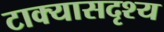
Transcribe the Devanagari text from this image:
टाक्यासदृश्य